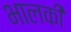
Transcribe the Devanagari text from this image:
भालकी